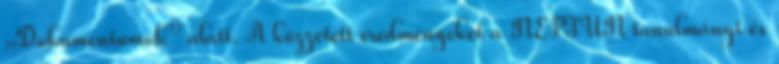
„Dokumentumok” alatt. A közzétett eredményeket a NEPTUN tanulmányi és